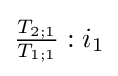
{\tfrac {T_{2;1}}{T_{1;1}}}:{i_{1}}